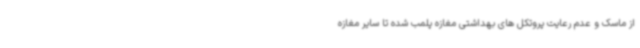
از ماسک و عدم رعایت پروتکل های بهداشتی مغازه پلمب شده تا سایر مغازه